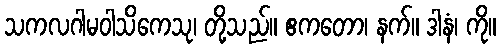
သကလဂါမဝါသိကေသု၊ တို့သည်။ ဧကတော၊ နက်။ ဒါနံ၊ ကို။